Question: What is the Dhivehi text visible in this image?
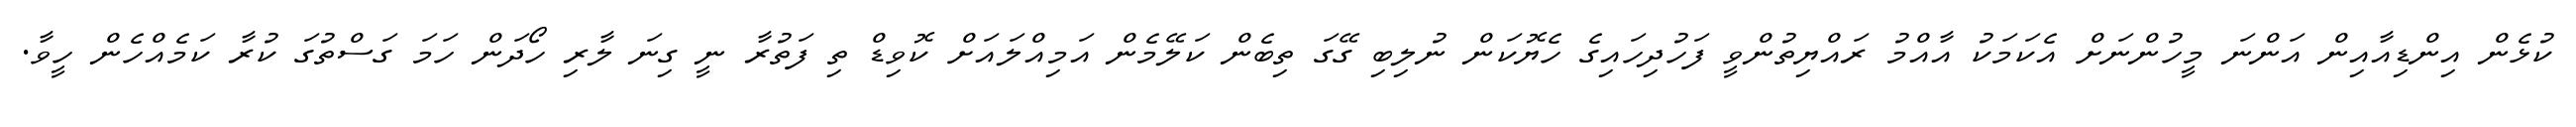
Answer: ކުޅެން އިންޑިއާއިން އަންނަ މީހުންނަށް އެކަމަކު އާއްމު ރައްޔިތުންވީ ފަހުދިހައިގެ ހެޔޮކަން ނުލިބި ގޭގަ ތިބެން ކަލޭމެން އަމިއްލައަށް ކޮވިޑް ތި ފަތުރާ ނީ ގިނަ ލާރި ހޯދަން ހަމަ ގަސްތުގަ ކުރާ ކަމެއްހެން ހީވާ.